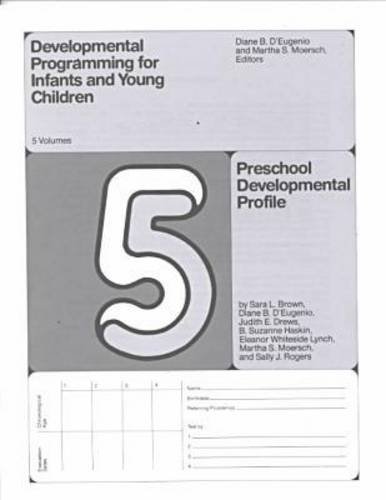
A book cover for Developmental Programming for Infants and Young Children: Volume 5. Preschool Development Profile; Medical Books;